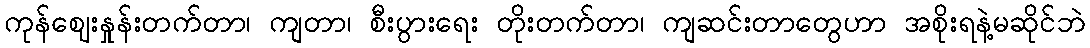
ကုန်ဈေးနှုန်းတက်တာ၊ ကျတာ၊ စီးပွားရေး တိုးတက်တာ၊ ကျဆင်းတာတွေဟာ အစိုးရနဲ့မဆိုင်ဘဲ